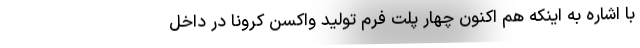
با اشاره به اینکه هم اکنون چهار پلت فرم تولید واکسن کرونا در داخل